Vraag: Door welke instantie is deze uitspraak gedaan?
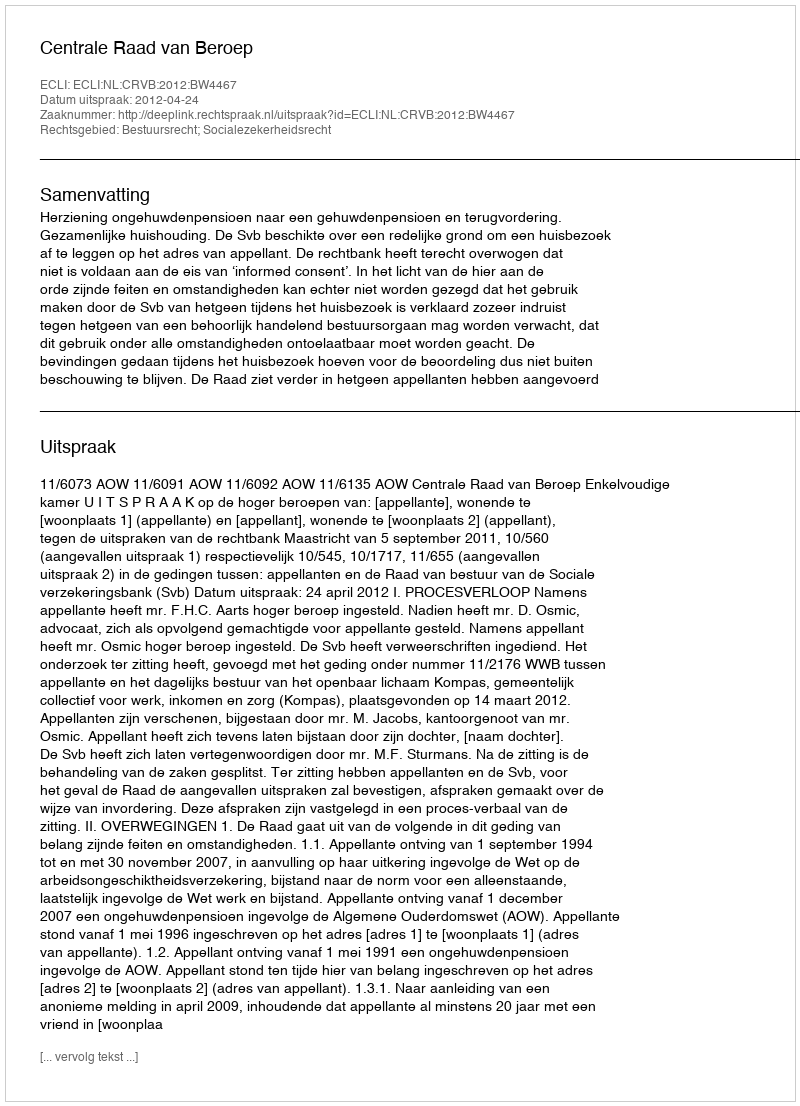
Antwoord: Centrale Raad van Beroep